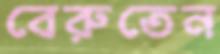
বেরুতেন